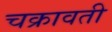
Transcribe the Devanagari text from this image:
चक्रावती